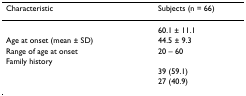
<table><thead><tr><td><b>Characteristic</b></td><td><b>Subjects (n = 66)</b></td></tr></thead><tbody><tr><td>[EMPTY_CELL]</td><td>60.1 ± 11.1</td></tr><tr><td>Age at onset (mean ± SD)</td><td>44.5 ± 9.3</td></tr><tr><td>Range of age at onset</td><td>20 – 60</td></tr><tr><td>Family history</td><td>[EMPTY_CELL]</td></tr><tr><td>[EMPTY_CELL]</td><td>39 (59.1)</td></tr><tr><td>[EMPTY_CELL]</td><td>27 (40.9)</td></tr></tbody></table>